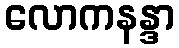
လောကနန္ဒာ